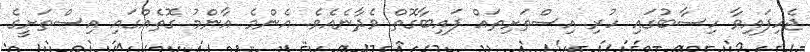
ޖެހިފައިވާ ހިސާބުގައި ހުރި އިސްތަށިތައް ފައިބާގޮތް ވެދާނެއެވެ. އެންމެ އާންމު ގޮތެއްގައި އިސްތަށީގެ